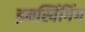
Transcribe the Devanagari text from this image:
इनस्विंगिंग